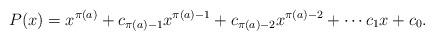
LaTeX: \begin{align*}P(x) = x^{\pi(a)} + c_{\pi(a) - 1}x^{\pi(a) - 1} + c_{\pi(a) - 2}x^{\pi(a) - 2} + \cdots c_1x + c_0.\end{align*}